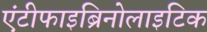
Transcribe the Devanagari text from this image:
एंटीफाइब्रिनोलाइटिक